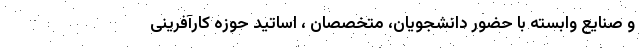
و صنایع وابسته با حضور دانشجویان، متخصصان ، اساتید حوزه کارآفرینی